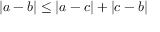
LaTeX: | a - b | \leq | a - c | + | c - b |